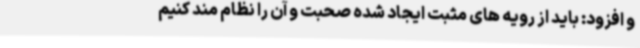
و افزود: باید از رویه های مثبت ایجاد شده صحبت و آن را نظام مند کنیم